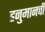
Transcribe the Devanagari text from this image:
हनुमानची